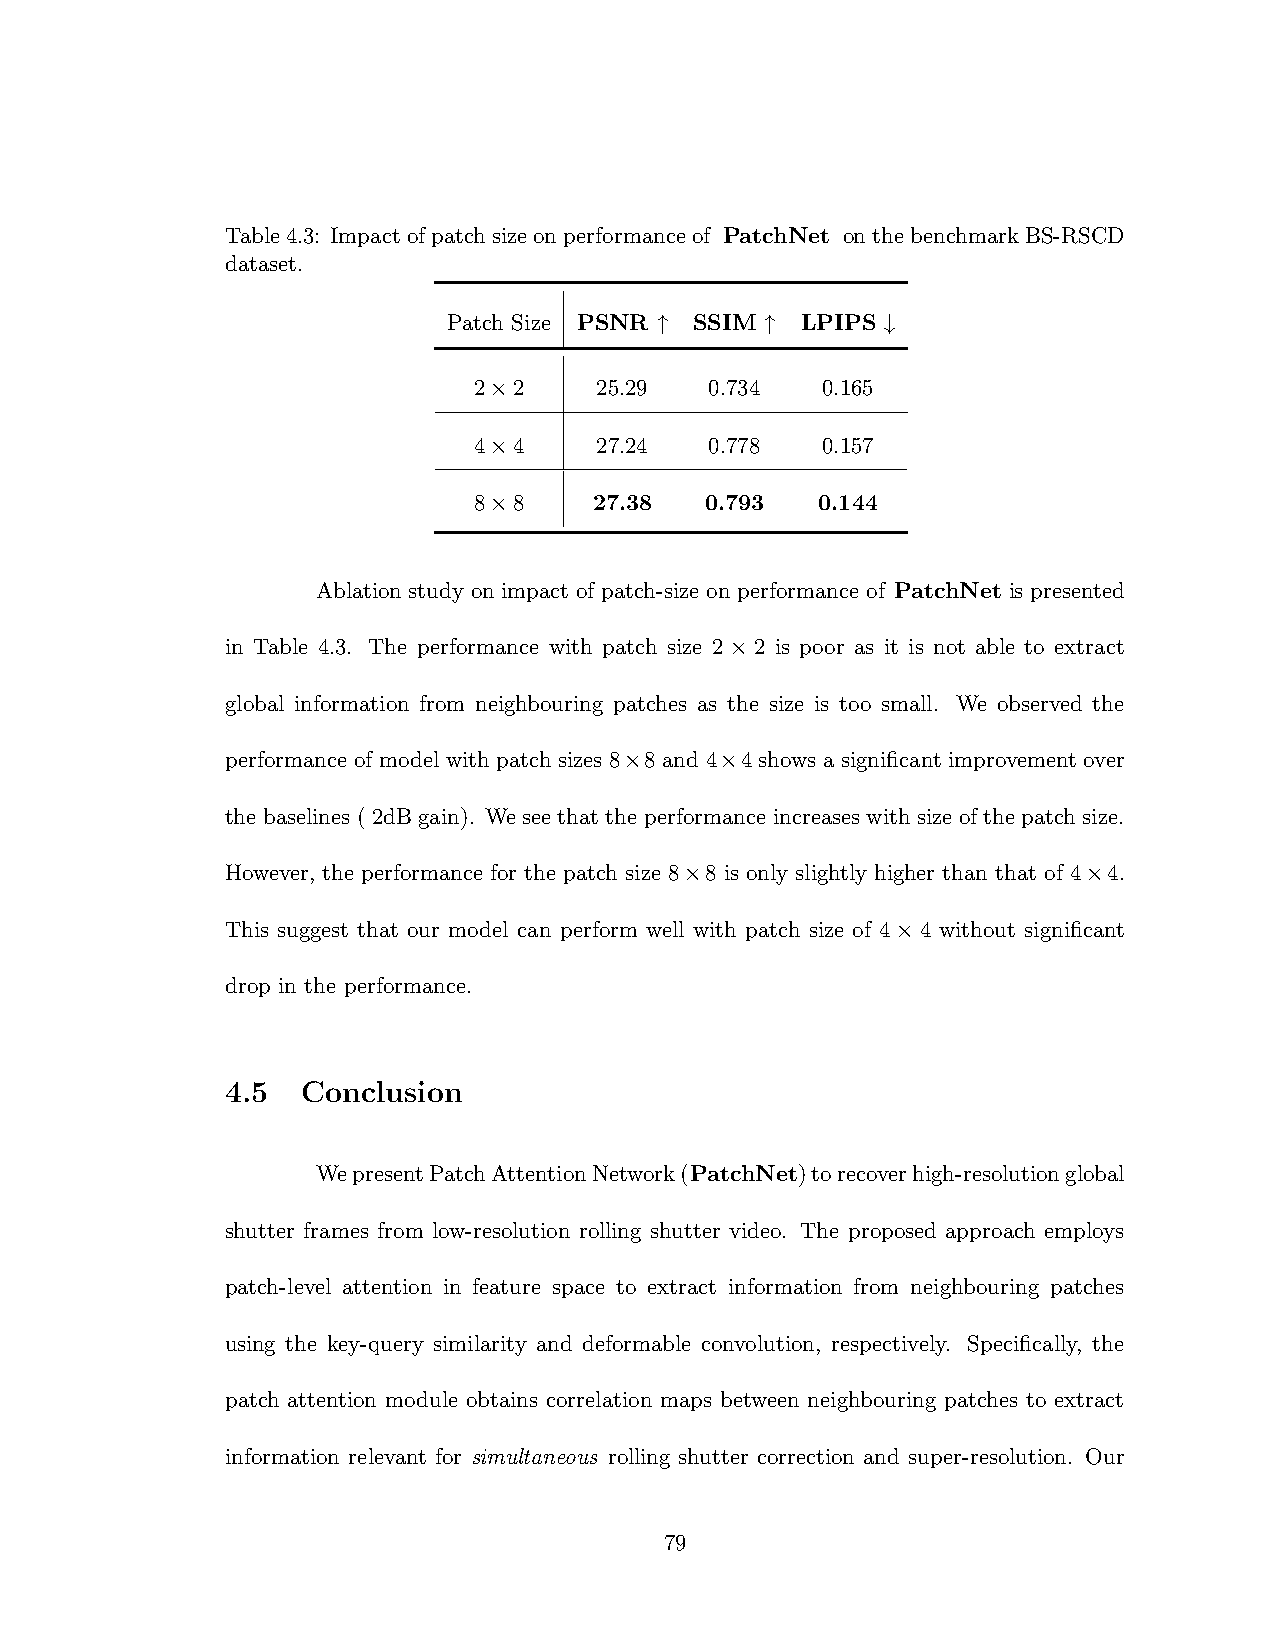
Table4.3: Impactofpatchsizeonperformanceof PatchNet onthebenchmarkBS-RSCD
 dataset.
 Patch Size PSNR ↑ SSIM ↑ LPIPS ↓
 2×2     25.29   0.734  0.165
 4×4     27.24   0.778  0.157
 8×8     27.38   0.793  0.144
 Ablation study on impact of patch-size on performance of PatchNet is presented
 in Table 4.3. The performance with patch size 2 × 2 is poor as it is not able to extract
 global information from neighbouring patches as the size is too small. We observed the
 performance of model with patch sizes 8×8 and 4×4 shows a significant improvement over
 the baselines ( 2dB gain). We see that the performance increases with size of the patch size.
 However, the performance for the patch size 8×8 is only slightly higher than that of 4×4.
 This suggest that our model can perform well with patch size of 4×4 without significant
 drop in the performance.
 4.5  Conclusion
 WepresentPatchAttentionNetwork(PatchNet)torecoverhigh-resolutionglobal
 shutter frames from low-resolution rolling shutter video. The proposed approach employs
 patch-level attention in feature space to extract information from neighbouring patches
 using the key-query similarity and deformable convolution, respectively. Specifically, the
 patch attention module obtains correlation maps between neighbouring patches to extract
 information relevant for simultaneous rolling shutter correction and super-resolution. Our
 79